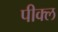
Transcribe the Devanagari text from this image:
पीक्ल